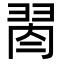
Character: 𦐯